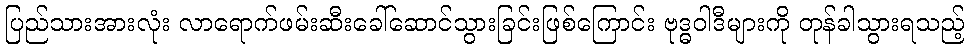
ပြည်သားအားလုံး လာရောက်ဖမ်းဆီးခေါ်ဆောင်သွားခြင်းဖြစ်ကြောင်း ဗုဒ္ဓဝါဒီများကို တုန်ခါသွားရသည့်